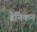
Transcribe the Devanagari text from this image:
डैनिकन